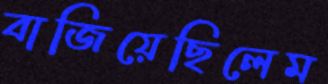
বাজিয়েছিলেম